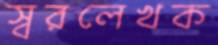
স্বরলেখক